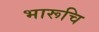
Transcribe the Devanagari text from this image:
भारूचि